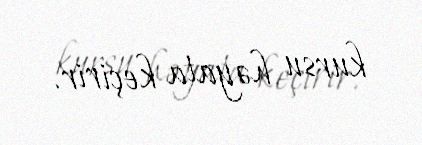
kursu həyata keçirir.